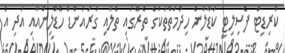
ކްރިޑިޓް ފެސިލިޓީ ކަޑާލާނެ ހިދުމަތްތަކުގެ ތެރޭގައި ތެލާއި ގުރައުންޑް ހޭޑްލިންއާއި އަދި އެ